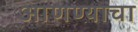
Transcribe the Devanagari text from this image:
अाणण्याचा